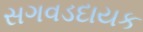
સગવડદાયક